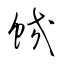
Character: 蛟